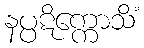
နပ္ပဋိက္ကောသိံ